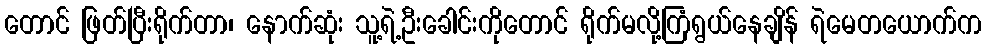
တောင် ဖြတ်ပြီးရိုက်တာ၊ နောက်ဆုံး သူ့ရဲ့ဦးခေါင်းကိုတောင် ရိုက်မလို့ကြံရွယ်နေချိန် ရဲမေတယောက်က